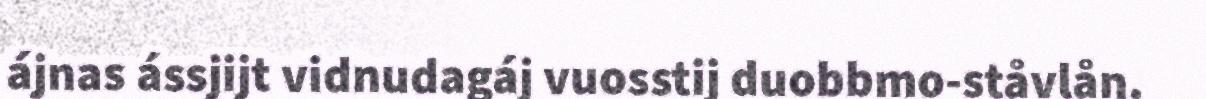
ájnas ássjijt vidnudagáj vuosstij duobbmo-ståvlån.